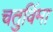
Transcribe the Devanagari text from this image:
चतुर्विमा